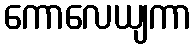
ကောလေယျကာ